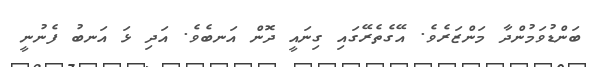
ބަންޑުވަމުންދާ މަންޒަރެވެ. އޭގެތެރޭގައި ގިނައީ ދޮން އަނބެވެ. އަދި ޅަ އަނބު ފެނުނީ